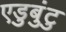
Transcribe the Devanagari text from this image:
एडुबुंटु